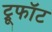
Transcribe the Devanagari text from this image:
ट्रूफॉट